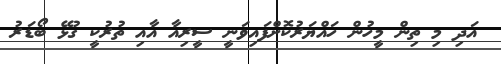
އަދި މި ތިން މީހުން ހައްޔަރުކޮށްފައިވަނީ ސީރިއާ އާއި ތުރުކީ ގުޅޭ ބޯޑަރު